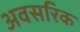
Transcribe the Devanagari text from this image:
अवसरिक